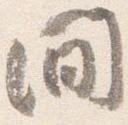
間